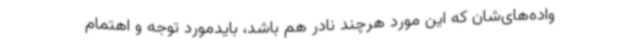
واده‌های‌شان که این مورد هرچند نادر هم باشد، بایدمورد توجه و اهتمام